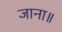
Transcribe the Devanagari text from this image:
जाना॥